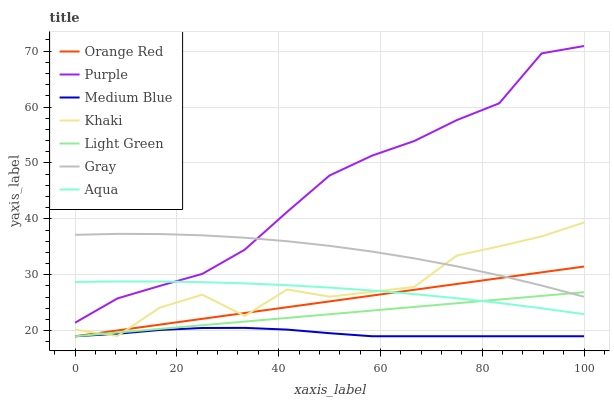
| xaxis_label | Orange Red | Purple | Medium Blue | Khaki | Light Green | Gray | Aqua |
 | --- | --- | --- | --- | --- | --- | --- | --- |
 | 0 | 19 | 21.4 | 19 | 20.2 | 19 | 37.1 | 28.7 |
 | 8.33 | 20 | 25.8 | 19.4 | 19.1 | 19.7 | 37.3 | 28.8 |
 | 16.7 | 21.1 | 28 | 20.1 | 24.1 | 20.3 | 37.3 | 28.8 |
 | 25 | 22.1 | 30.2 | 20.5 | 26.4 | 21 | 37.1 | 28.7 |
 | 33.3 | 23.2 | 34.5 | 20.5 | 22.6 | 21.6 | 36.6 | 28.5 |
 | 41.7 | 24.2 | 41.2 | 20.2 | 27.4 | 22.3 | 36 | 28.1 |
 | 50 | 25.2 | 47.8 | 19.5 | 26.1 | 22.9 | 35.2 | 27.7 |
 | 58.3 | 26.3 | 51.3 | 19 | 26.9 | 23.6 | 34.1 | 27.2 |
 | 66.7 | 27.3 | 53.9 | 19 | 27.8 | 24.2 | 32.9 | 26.5 |
 | 75 | 28.4 | 57.7 | 19 | 33.4 | 24.9 | 31.5 | 25.8 |
 | 83.3 | 29.4 | 60.7 | 19 | 35.1 | 25.6 | 29.9 | 25 |
 | 91.7 | 30.4 | 69.6 | 19 | 36.9 | 26.2 | 28.1 | 24 |
 | 100 | 31.5 | 70.9 | 19 | 39.3 | 26.9 | 26.1 | 23 |